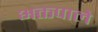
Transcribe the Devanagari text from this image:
भक्तपाले